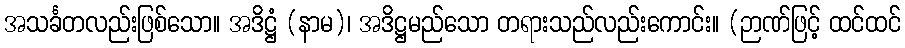
အသင်္ခတလည်းဖြစ်သော။ အဒိဋ္ဌံ (နာမ)၊ အဒိဋ္ဌမည်သော တရားသည်လည်းကောင်း။ (ဉာဏ်ဖြင့် ထင်ထင်